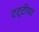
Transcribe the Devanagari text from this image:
टट्टीया